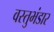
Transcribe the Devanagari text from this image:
वस्तुभंडार